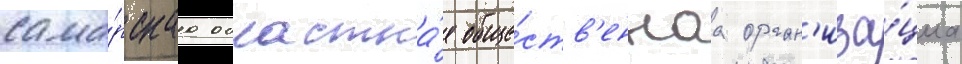
сама́рскаа областна́я обще́ств'еннаа орган'иза́циа